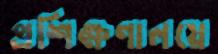
প্রশিক্ষণালয়ে